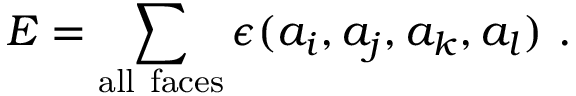
E = \sum _ { \mathrm { a l l ~ f a c e s } } \epsilon ( a _ { i } , a _ { j } , a _ { k } , a _ { l } ) ~ .